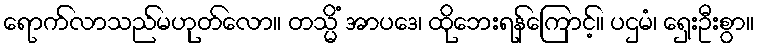
ရောက်လာသည်မဟုတ်လော။ တသ္မိံ အာပဒေ၊ ထိုဘေးရန်ကြောင့်။ ပဌမံ၊ ရှေးဦးစွာ။